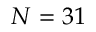
N = 3 1